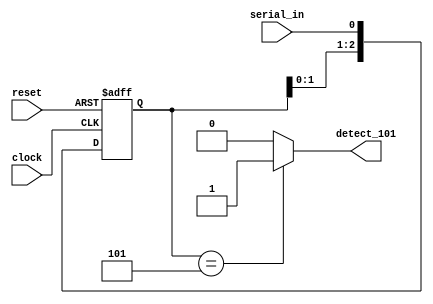

module seq_det_101b(
	input clock,
	input reset,
	input serial_in,
	output detect_101
);

	reg [2:0] shift_reg;

	always @(posedge clock or negedge reset)
		if(~reset)
			shift_reg <= 0;
		else
			shift_reg <= {shift_reg[1:0], serial_in};
			
	assign detect_101 = (shift_reg == 3'b101) ? 1 : 0;

endmodule